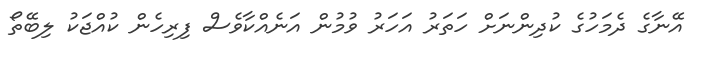
އޭނާގެ ދެމަހުގެ ކުދިންނަށް ހަތަރު އަހަރު ވުމުން އަނެއްކާވެސް ފިރިހެން ކުއްޖަކު ލިބޭތޯ